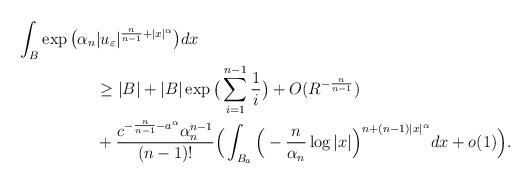
LaTeX: \begin{align*}\int_{B} \exp \big( \alpha_n & |u_\varepsilon|^{\frac n{n-1} + |x|^\alpha} \big) dx \\&\geq |B| + |B| \exp \big( \sum_{i=1}^{n-1} \frac 1i \big) + O(R^{-\frac n{n-1}})\\&+ \frac{c^{-\frac n{n-1}- a^\alpha} \alpha_n^{n-1}}{(n-1)!}\Big(\int_{B_a}\Big(-\frac n{\alpha_n} \log |x|\Big)^{n + (n-1) |x|^\alpha} dx + o(1)\Big).\end{align*}